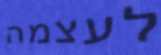
לעצמה